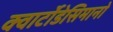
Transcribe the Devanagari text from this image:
क्वार्टोडेसिमानो